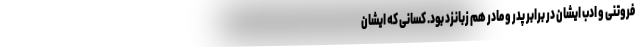
فروتنی و ادب ایشان در برابر پدر و مادر هم زبانزد بود. کسانی که ایشان